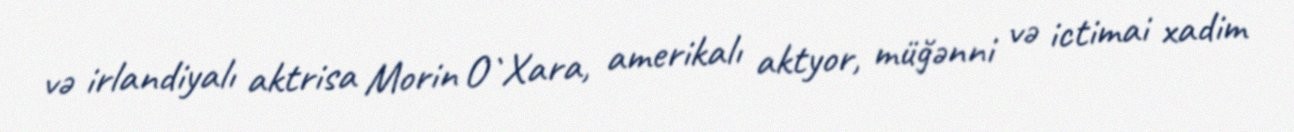
və irlandiyalı aktrisa Morin О`Хаra, amerikalı aktyor, müğənni və ictimai xadim